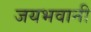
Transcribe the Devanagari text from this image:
जयभवानी